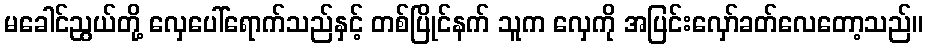
မခေါင်ညွယ်တို့ လှေပေါ်ရောက်သည်နှင့် တစ်ပြိုင်နက် သူက လှေကို အပြင်းလှော်ခတ်လေတော့သည်။